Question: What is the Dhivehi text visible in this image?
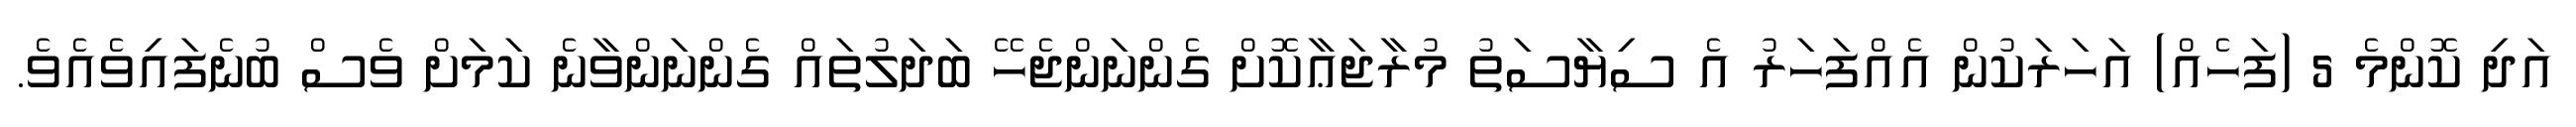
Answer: އަދި ކޮންމެ 5 (ފަހެއް) އަހަރަކުން އެއްފަހަރު އެ ސިޔާސަތު މުރާޖަޢާކޮށް ގެންނަންޖެހޭ ބަދަލުތައް ގެންނަންވާނެ ކަމަށް ވެސް ބުނެފައިވެއެވެ.